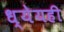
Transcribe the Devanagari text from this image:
ध्येयही